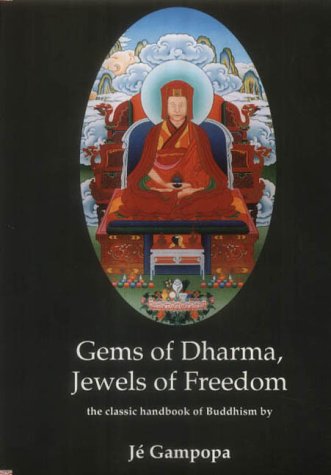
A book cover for Gems of Dharma, Jewels of Freedom: Clear and Authoritative Classic Handbook of Mahayana Buddhism by the Great 12th Century Tibetan Bodhisattva; Je Gampopa; Religion & Spirituality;